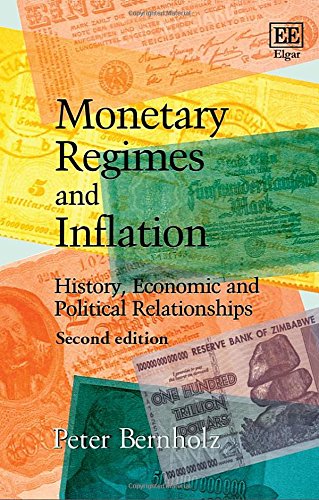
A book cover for Monetary Regimes and Inflation: History, Economic and Political Relationships, Second Edition; Peter Bernholz; Business & Money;